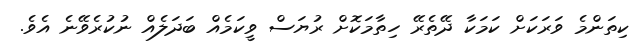
ކިތަންމެ ވަރަކަށް ކަމަކާ ދޭތެރޭ ހިތާމަކޮށް ރުޔަސް ވީކަމެއް ބަދަލެއް ނުކުރެވޭނެ އެވެ.